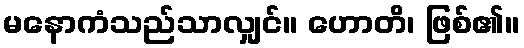
မနောကံသည်သာလျှင်။ ဟောတိ၊ ဖြစ်၏။